Medical and sanitary report of the native army of Bengal for the year
Year: 1876
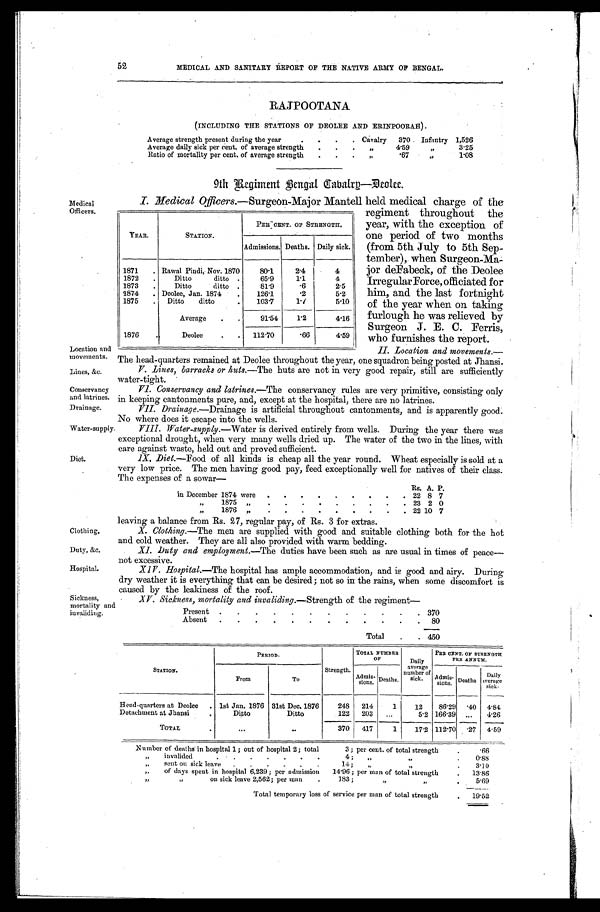
Location and
movements.
Lines, &c.
Conservancy
and latrines.
Drainage.
Water-supply.
Diet.
Clothing.
Duty, &c.
Hospital.
52
MEDICAL AND SANITARY REPORT OF THE NATIVE ARMY OF BENGAL.
RAJPOOTANA
(INCLUDING THE STATIONS OF DEOLEE AND ERINPOORAH).
Average strength present during the year . . . Cavalry 370 Infantry 1,526
Average daily sick per cent. of average strength . . .
" 4.59
"
3.25
Ratio of mortality per cent. of average strength . . .
" .67
" 1.08
9th Regiment Bengal Cabalry—Deolee.
Medical
Officers.
I. Medical Officers.—Surgeon-Major Mantell held medical charge of the
regiment throughout the
year, with the exception of
one period of two months
(from 5th July to 5th Sep
-tember), when Surgeon-Ma--
jor deFabeck, of the Deolee
IrregularForce, officiated for
him, and the last fortnight
of the year when on taking
furlough he was relieved by
Surgeon J. E. C. Ferris,
who furnishes the report.
II. Location and movements.—
The head-quarters remained at Deolee throughout the year, one squadron being posted at Jhansi.
V. Lines, barracks or huts. —The huts are not in very good repair, still are sufficiently
water-tight.
VI. Conservancy and latrines.—The conservancy rules are very primitive, consisting only
in keeping cantonments pure, and, except at the hospital, there are no latrines.
VII. Drainage.—Drainage is artificial throughout cantonments, and is apparently good.
No where does it escape into the wells.
YEAR.
STATION.
PER CENT. OF STRENGTH.
Admissions. Deaths. Daily sick.
1871 . . . Rawal Pindi, Nov. 1870
80.1
2.4
4
1872 . . .
Ditto
ditto . . .
65.9
1.1
4
1873 . . .
Ditto
ditto . . .
81.9
.6
2.5
1874 . . . Deolee, Jan. 1874 . . .
126.1
.2
5.2
1875 . . . Ditto
ditto
. . .
103.7
1./
5.10
Average . . .
91.54
1.2
4.16
1 8 7 6 . . .
Deolee . . . 112.70
.66
4.59
VIII. Water-supply.—Water is derived entirely from wells. During the year there was
exceptional drought, when very many wells dried up. The water of the two in the lines, with
care against waste, held out and proved sufficient.
1X. Diet.—Food of all kinds is cheap all the year round. Wheat especially is sold at a
very low price. The men having good pay, feed exceptionally well for natives of their class.
The expenses of a sowar
—
Rs. A. P.
in December 1874 were . . . 22 8 7
"
1875
" . . . 23 2 0
"
1876
" . . . 22 10 7
leaving a balance from Rs. 27, regular pay, of Rs. 3 for extras.
X. Clothing.—The men are supplied with good and suitable clothing both for the hot
and cold weather. They are all also provided with warm bedding.
XI. Duty and employment. —The duties have been such as are usual in times of peace
—not excessive.
X1V. Hospital. —The hospital has ample accommodation, and is good and airy. During
dry weather it is everything that can be desired; not so in the rains, when some discomfort is
caused by the leakiness of the roof.
Sickness,
mortality and
invaliding.
XV. Sickness, mortality and invaliding. —Strength of the regiment—
Present
.
.
. 370
Absent
.
.
.
80
Total . . . 450
STATION.
P E R I O D .
Strength.
TOTAL NUMBER
OF
Daily
average
number of
sick.
PER CENT. OF STRENGTH
PER ANNUM.
From
To
Admis-sions. Deaths.
Admis-
sions. Deaths
Daily
sick.
Head-quarters at Deolee . . . 1st Jan. 1876 31st Dec. 1876
248 214
1
12
86.29 .40 4.84
Detachment at Jhansi . . .
Ditto
Ditto
122 203
. . .
5.2 166.39
. . .
4.26
TOTAL . . .
. . .
. . .
3 7 0 417
1
17.2 112.70 .27 4.59
Number of deaths in hospital 1; out of hospital 2; total
3; per cent. of total strength . . .
.66
"
invalided . . . 4; " " . . .
0.88
"
sent on sick leave . . . 14; " " . . .
3.1 0
" of days spent in hospital 6,239; per admission 14 .96; per man of total strength . . . 13.86
" "
on sick leave 2,562; per man . . .
1 8 3 ; " " . . .
5.69
Total temporary loss of service per man of total strength . . . 19.52